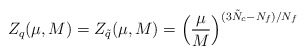
\begin{align*}Z_{q} (\mu, M) = Z_{\tilde{q}} (\mu, M) = \left( \frac{\mu}{M} \right)^{(3\tilde{N}_{c}-N_{f})/N_{f}} \end{align*}